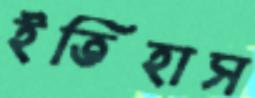
ইতিহাস